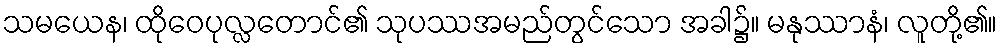
သမယေန၊ ထိုဝေပုလ္လတောင်၏ သုပဿအမည်တွင်သော အခါ၌။ မနုဿာနံ၊ လူတို့၏။